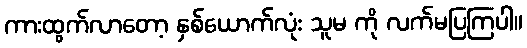
ကားထွက်လာတော့ နှစ်ယောက်လုံး သူမ ကို လက်မပြကြပါ။